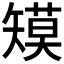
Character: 𰦞